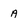
Character: a